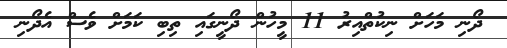
ދޯނި މަހަށް ނިކުތްއިރު 11 މީހުން ދޯނީގައި ތިބި ކަމަށް ވެސް އެދޯނި